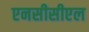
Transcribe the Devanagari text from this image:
एनसीसीएल